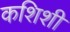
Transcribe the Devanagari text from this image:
कशिशी